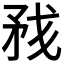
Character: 𰦏